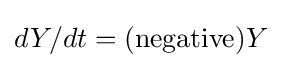
dY/dt=({\text{negative}})Y